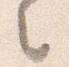
々